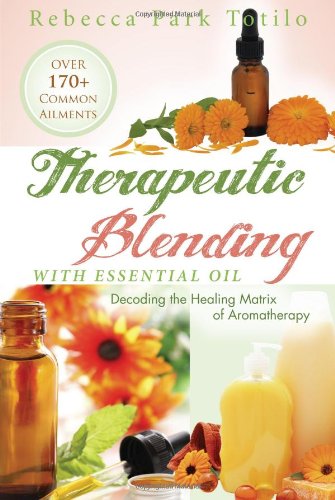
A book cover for Therapeutic Blending With Essential Oil: Decoding the Healing Matrix of Aromatherapy; Rebecca Park Totilo; Health, Fitness & Dieting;